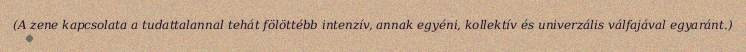
(A zene kapcsolata a tudattalannal tehát fölöttébb intenzív, annak egyéni, kollektív és univerzális válfajával egyaránt.)